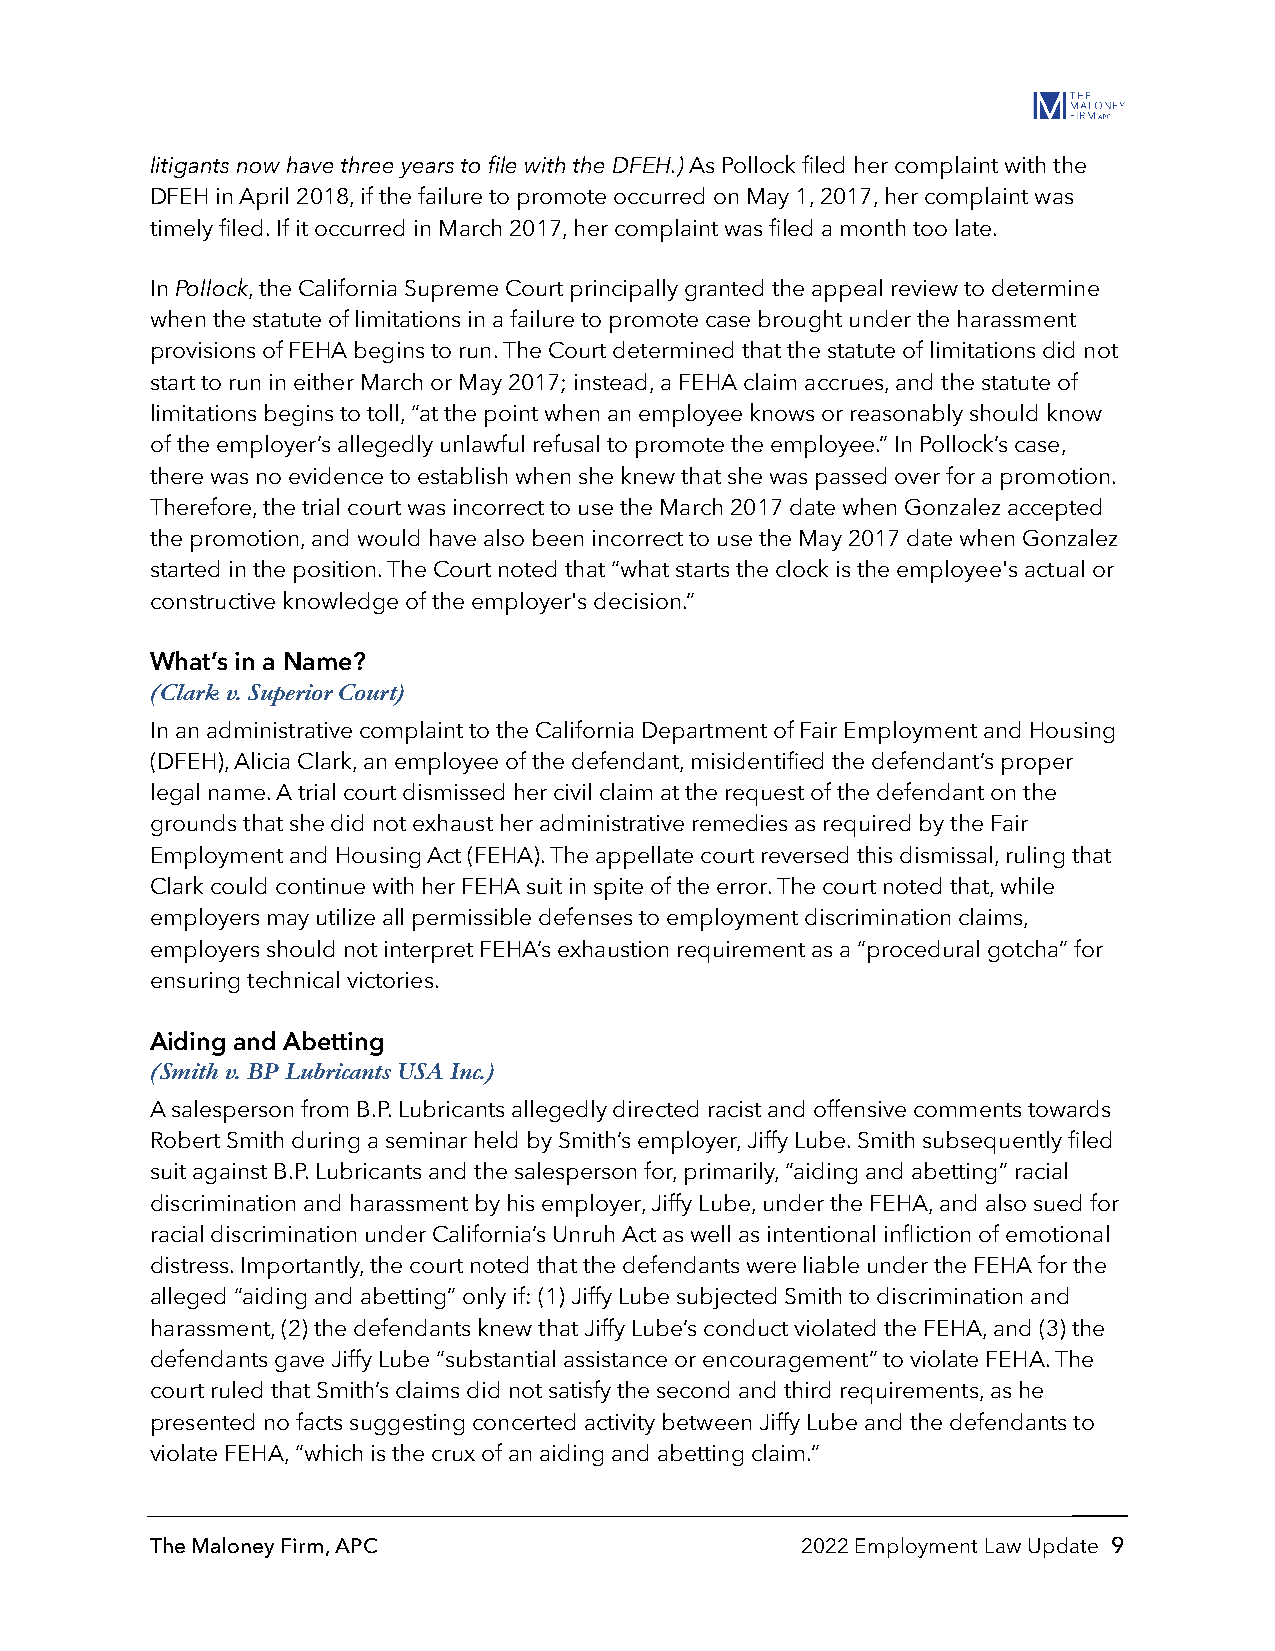
litigants now have three years to file with the DFEH.) As Pollock filed her complaint with the
 DFEH in April 2018, if the failure to promote occurred on May 1, 2017, her complaint was
 timely filed. If it occurred in March 2017, her complaint was filed a month too late.
 In Pollock, the California Supreme Court principally granted the appeal review to determine
 when the statute of limitations in a failure to promote case brought under the harassment
 provisions of FEHA begins to run. The Court determined that the statute of limitations did not
 start to run in either March or May 2017; instead, a FEHA claim accrues, and the statute of
 limitations begins to toll, “at the point when an employee knows or reasonably should know
 of the employer’s allegedly unlawful refusal to promote the employee.” In Pollock’s case,
 there was no evidence to establish when she knew that she was passed over for a promotion.
 Therefore, the trial court was incorrect to use the March 2017 date when Gonzalez accepted
 the promotion, and would have also been incorrect to use the May 2017 date when Gonzalez
 started in the position. The Court noted that “what starts the clock is the employee's actual or
 constructive knowledge of the employer's decision.”
 What’s in a Name?
 (Clark v. Superior Court)
 In an administrative complaint to the California Department of Fair Employment and Housing
 (DFEH), Alicia Clark, an employee of the defendant, misidentified the defendant’s proper
 legal name. A trial court dismissed her civil claim at the request of the defendant on the
 grounds that she did not exhaust her administrative remedies as required by the Fair
 Employment and Housing Act (FEHA). The appellate court reversed this dismissal, ruling that
 Clark could continue with her FEHA suit in spite of the error. The court noted that, while
 employers may utilize all permissible defenses to employment discrimination claims,
 employers should not interpret FEHA’s exhaustion requirement as a “procedural gotcha” for
 ensuring technical victories.
 Aiding and Abetting
 (Smith v. BP Lubricants USA Inc.)
 A salesperson from B.P. Lubricants allegedly directed racist and offensive comments towards
 Robert Smith during a seminar held by Smith’s employer, Jiffy Lube. Smith subsequently filed
 suit against B.P. Lubricants and the salesperson for, primarily, “aiding and abetting” racial
 discrimination and harassment by his employer, Jiffy Lube, under the FEHA, and also sued for
 racial discrimination under California’s Unruh Act as well as intentional infliction of emotional
 distress. Importantly, the court noted that the defendants were liable under the FEHA for the
 alleged “aiding and abetting” only if: (1) Jiffy Lube subjected Smith to discrimination and
 harassment, (2) the defendants knew that Jiffy Lube’s conduct violated the FEHA, and (3) the
 defendants gave Jiffy Lube “substantial assistance or encouragement” to violate FEHA. The
 court ruled that Smith’s claims did not satisfy the second and third requirements, as he
 presented no facts suggesting concerted activity between Jiffy Lube and the defendants to
 violate FEHA, “which is the crux of an aiding and abetting claim.”
 The Maloney Firm, APC                      2022 Employment Law Update 9